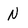
Character: N